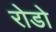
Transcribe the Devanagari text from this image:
रोडो